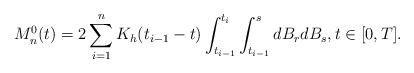
LaTeX: \begin{align*}M^0_n(t)=2\sum_{i=1}^nK_h(t_{i-1}-t)\int_{t_{i-1}}^{t_i}\int_{t_{i-1}}^sdB_rdB_s,t\in[0,T].\end{align*}